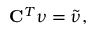
{ \bf C } ^ { T } \boldsymbol { \nu } = \tilde { \boldsymbol { \nu } } ,